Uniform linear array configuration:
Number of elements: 12
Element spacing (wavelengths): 1
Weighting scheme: uniform
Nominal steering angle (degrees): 60
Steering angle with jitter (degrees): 60.443
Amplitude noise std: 0.05
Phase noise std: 0.05

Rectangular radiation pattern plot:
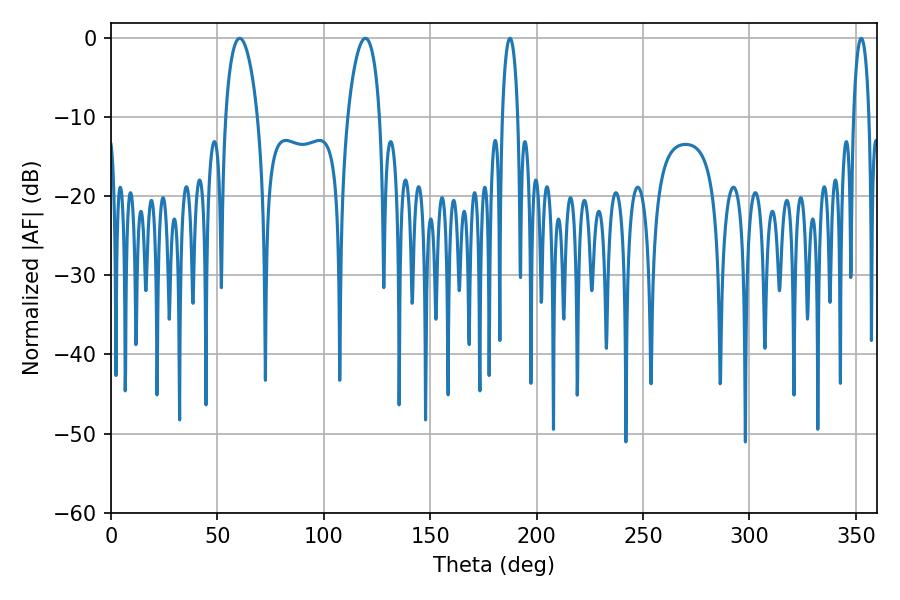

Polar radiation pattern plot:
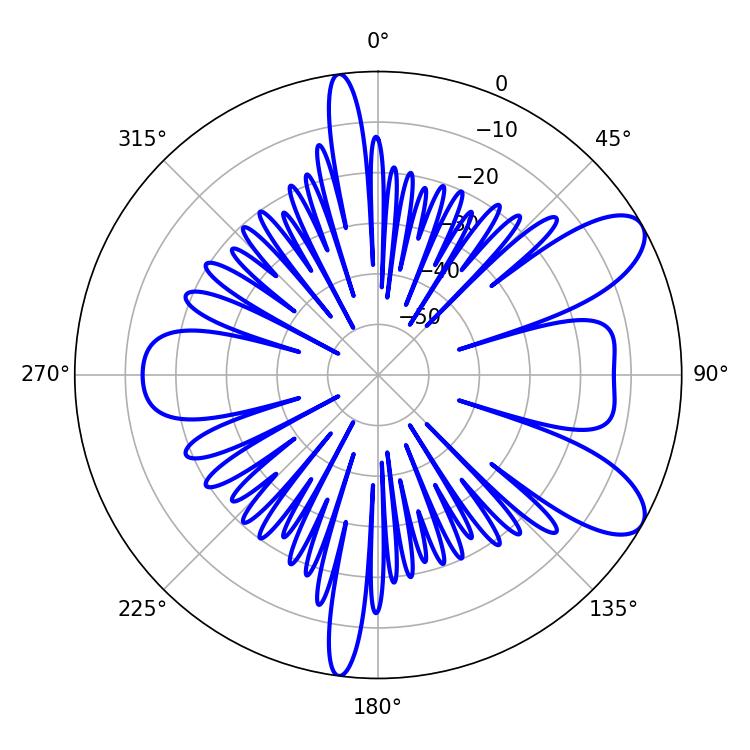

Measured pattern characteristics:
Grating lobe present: TRUE
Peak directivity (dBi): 8.837
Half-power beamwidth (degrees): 8.46
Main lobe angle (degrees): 60.48